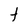
Character: t